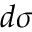
d \sigma